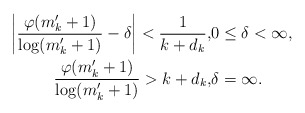
\begin{align*}\left| \frac{\varphi(m'_k+1)}{\log (m_k'+1)} - \delta \right| < \frac 1{k+d_k}, & 0 \le \delta < \infty,\\\frac{\varphi(m'_k+1)}{\log (m'_k+1)} > k+d_k, & \delta = \infty.\end{align*}